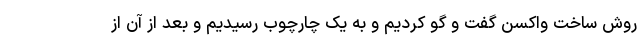
روش ساخت واکسن گفت و گو کردیم و به یک چارچوب رسیدیم و بعد از آن از